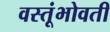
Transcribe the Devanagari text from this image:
वस्तूंभोवती